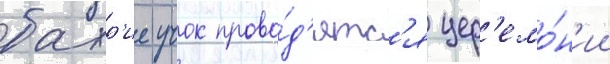
бахр'ие учок прово́д'ятс'я цер'емо́н'ии